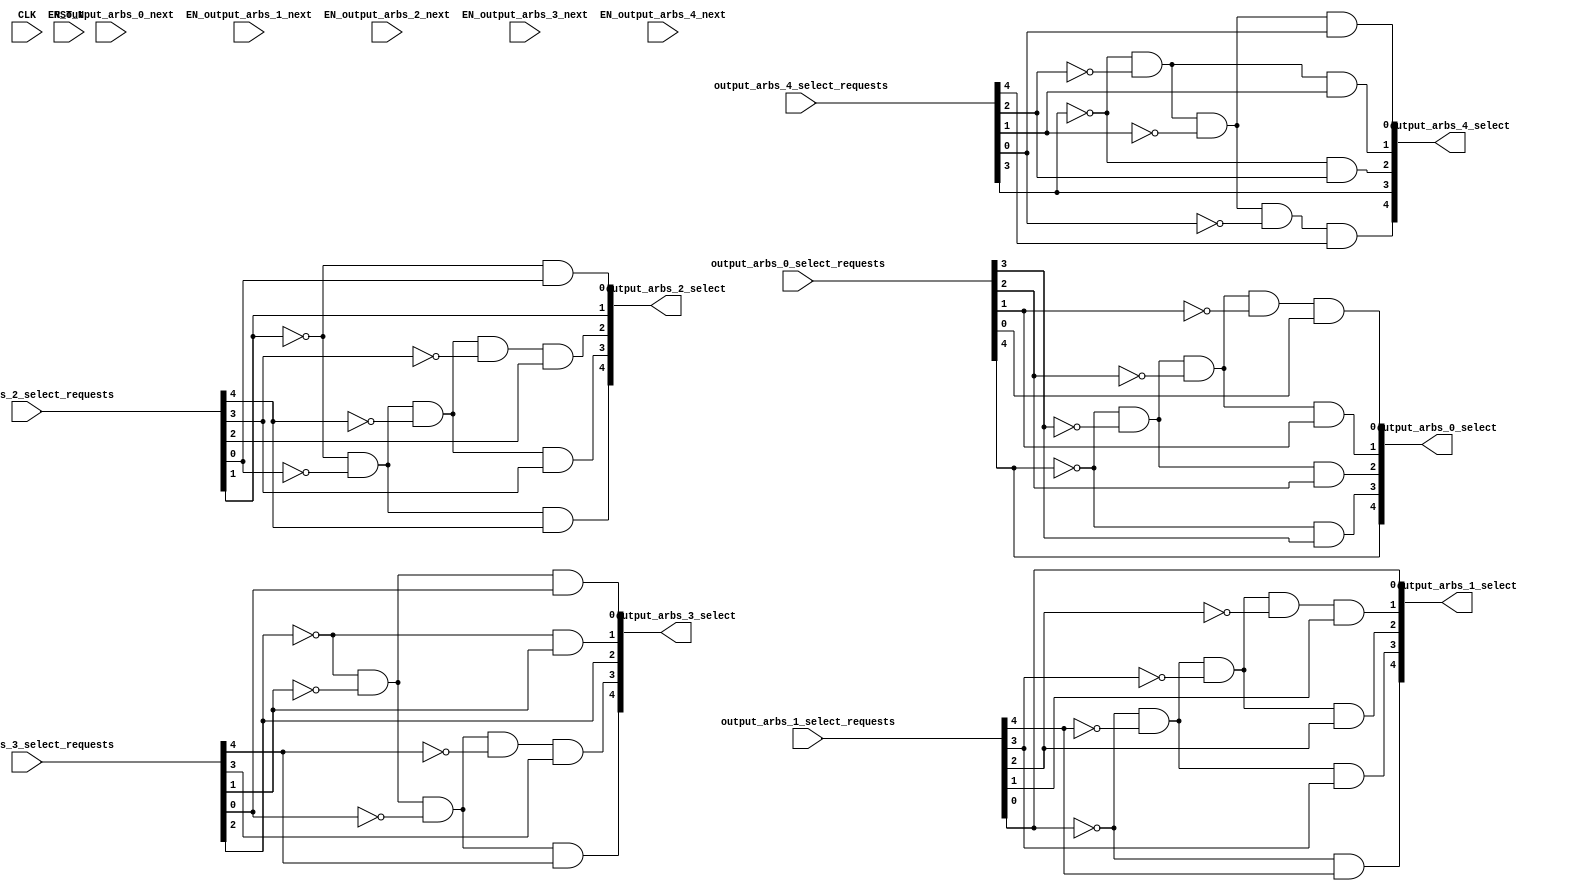
/*
 * These source files contain a hardware description of a network
 * automatically generated by CONNECT (CONfigurable NEtwork Creation Tool).
 *
 * This product includes a hardware design developed by Carnegie Mellon
 * University.
 *
 * Copyright (c) 2012 by Michael K. Papamichael, Carnegie Mellon University
 *
 * For more information, see the CONNECT project website at:
 *   http://www.ece.cmu.edu/~mpapamic/connect
 *
 * This design is provided for internal, non-commercial research use only, 
 * cannot be used for, or in support of, goods or services, and is not for
 * redistribution, with or without modifications.
 * 
 * You may not use the name "Carnegie Mellon University" or derivations
 * thereof to endorse or promote products derived from this software.
 *
 * THE SOFTWARE IS PROVIDED "AS-IS" WITHOUT ANY WARRANTY OF ANY KIND, EITHER
 * EXPRESS, IMPLIED OR STATUTORY, INCLUDING BUT NOT LIMITED TO ANY WARRANTY
 * THAT THE SOFTWARE WILL CONFORM TO SPECIFICATIONS OR BE ERROR-FREE AND ANY
 * IMPLIED WARRANTIES OF MERCHANTABILITY, FITNESS FOR A PARTICULAR PURPOSE,
 * TITLE, OR NON-INFRINGEMENT.  IN NO EVENT SHALL CARNEGIE MELLON UNIVERSITY
 * BE LIABLE FOR ANY DAMAGES, INCLUDING BUT NOT LIMITED TO DIRECT, INDIRECT,
 * SPECIAL OR CONSEQUENTIAL DAMAGES, ARISING OUT OF, RESULTING FROM, OR IN
 * ANY WAY CONNECTED WITH THIS SOFTWARE (WHETHER OR NOT BASED UPON WARRANTY,
 * CONTRACT, TORT OR OTHERWISE).
 *
 */


//
// Generated by Bluespec Compiler, version 2012.01.A (build 26572, 2012-01-17)
//
// On Fri Nov 18 09:45:36 EST 2016
//
// Method conflict info:
// Method: output_arbs_0_select
// Conflict-free: output_arbs_0_select,
// 	       output_arbs_0_next,
// 	       output_arbs_1_select,
// 	       output_arbs_1_next,
// 	       output_arbs_2_select,
// 	       output_arbs_2_next,
// 	       output_arbs_3_select,
// 	       output_arbs_3_next,
// 	       output_arbs_4_select,
// 	       output_arbs_4_next
//
// Method: output_arbs_0_next
// Conflict-free: output_arbs_0_select,
// 	       output_arbs_0_next,
// 	       output_arbs_1_select,
// 	       output_arbs_1_next,
// 	       output_arbs_2_select,
// 	       output_arbs_2_next,
// 	       output_arbs_3_select,
// 	       output_arbs_3_next,
// 	       output_arbs_4_select,
// 	       output_arbs_4_next
//
// Method: output_arbs_1_select
// Conflict-free: output_arbs_0_select,
// 	       output_arbs_0_next,
// 	       output_arbs_1_select,
// 	       output_arbs_1_next,
// 	       output_arbs_2_select,
// 	       output_arbs_2_next,
// 	       output_arbs_3_select,
// 	       output_arbs_3_next,
// 	       output_arbs_4_select,
// 	       output_arbs_4_next
//
// Method: output_arbs_1_next
// Conflict-free: output_arbs_0_select,
// 	       output_arbs_0_next,
// 	       output_arbs_1_select,
// 	       output_arbs_1_next,
// 	       output_arbs_2_select,
// 	       output_arbs_2_next,
// 	       output_arbs_3_select,
// 	       output_arbs_3_next,
// 	       output_arbs_4_select,
// 	       output_arbs_4_next
//
// Method: output_arbs_2_select
// Conflict-free: output_arbs_0_select,
// 	       output_arbs_0_next,
// 	       output_arbs_1_select,
// 	       output_arbs_1_next,
// 	       output_arbs_2_select,
// 	       output_arbs_2_next,
// 	       output_arbs_3_select,
// 	       output_arbs_3_next,
// 	       output_arbs_4_select,
// 	       output_arbs_4_next
//
// Method: output_arbs_2_next
// Conflict-free: output_arbs_0_select,
// 	       output_arbs_0_next,
// 	       output_arbs_1_select,
// 	       output_arbs_1_next,
// 	       output_arbs_2_select,
// 	       output_arbs_2_next,
// 	       output_arbs_3_select,
// 	       output_arbs_3_next,
// 	       output_arbs_4_select,
// 	       output_arbs_4_next
//
// Method: output_arbs_3_select
// Conflict-free: output_arbs_0_select,
// 	       output_arbs_0_next,
// 	       output_arbs_1_select,
// 	       output_arbs_1_next,
// 	       output_arbs_2_select,
// 	       output_arbs_2_next,
// 	       output_arbs_3_select,
// 	       output_arbs_3_next,
// 	       output_arbs_4_select,
// 	       output_arbs_4_next
//
// Method: output_arbs_3_next
// Conflict-free: output_arbs_0_select,
// 	       output_arbs_0_next,
// 	       output_arbs_1_select,
// 	       output_arbs_1_next,
// 	       output_arbs_2_select,
// 	       output_arbs_2_next,
// 	       output_arbs_3_select,
// 	       output_arbs_3_next,
// 	       output_arbs_4_select,
// 	       output_arbs_4_next
//
// Method: output_arbs_4_select
// Conflict-free: output_arbs_0_select,
// 	       output_arbs_0_next,
// 	       output_arbs_1_select,
// 	       output_arbs_1_next,
// 	       output_arbs_2_select,
// 	       output_arbs_2_next,
// 	       output_arbs_3_select,
// 	       output_arbs_3_next,
// 	       output_arbs_4_select,
// 	       output_arbs_4_next
//
// Method: output_arbs_4_next
// Conflict-free: output_arbs_0_select,
// 	       output_arbs_0_next,
// 	       output_arbs_1_select,
// 	       output_arbs_1_next,
// 	       output_arbs_2_select,
// 	       output_arbs_2_next,
// 	       output_arbs_3_select,
// 	       output_arbs_3_next,
// 	       output_arbs_4_select,
// 	       output_arbs_4_next
//
//
// Ports:
// Name                         I/O  size props
// output_arbs_0_select           O     5
// output_arbs_1_select           O     5
// output_arbs_2_select           O     5
// output_arbs_3_select           O     5
// output_arbs_4_select           O     5
// CLK                            I     1 unused
// RST_N                          I     1 unused
// output_arbs_0_select_requests  I     5
// output_arbs_1_select_requests  I     5
// output_arbs_2_select_requests  I     5
// output_arbs_3_select_requests  I     5
// output_arbs_4_select_requests  I     5
// EN_output_arbs_0_next          I     1 unused
// EN_output_arbs_1_next          I     1 unused
// EN_output_arbs_2_next          I     1 unused
// EN_output_arbs_3_next          I     1 unused
// EN_output_arbs_4_next          I     1 unused
//
// Combinational paths from inputs to outputs:
//   output_arbs_0_select_requests -> output_arbs_0_select
//   output_arbs_1_select_requests -> output_arbs_1_select
//   output_arbs_2_select_requests -> output_arbs_2_select
//   output_arbs_3_select_requests -> output_arbs_3_select
//   output_arbs_4_select_requests -> output_arbs_4_select
//
//

`ifdef BSV_ASSIGNMENT_DELAY
`else
`define BSV_ASSIGNMENT_DELAY
`endif

module mkRouterOutputArbitersStatic(CLK,
				    RST_N,

				    output_arbs_0_select_requests,
				    output_arbs_0_select,

				    EN_output_arbs_0_next,

				    output_arbs_1_select_requests,
				    output_arbs_1_select,

				    EN_output_arbs_1_next,

				    output_arbs_2_select_requests,
				    output_arbs_2_select,

				    EN_output_arbs_2_next,

				    output_arbs_3_select_requests,
				    output_arbs_3_select,

				    EN_output_arbs_3_next,

				    output_arbs_4_select_requests,
				    output_arbs_4_select,

				    EN_output_arbs_4_next);
  input  CLK;
  input  RST_N;

  // value method output_arbs_0_select
  input  [4 : 0] output_arbs_0_select_requests;
  output [4 : 0] output_arbs_0_select;

  // action method output_arbs_0_next
  input  EN_output_arbs_0_next;

  // value method output_arbs_1_select
  input  [4 : 0] output_arbs_1_select_requests;
  output [4 : 0] output_arbs_1_select;

  // action method output_arbs_1_next
  input  EN_output_arbs_1_next;

  // value method output_arbs_2_select
  input  [4 : 0] output_arbs_2_select_requests;
  output [4 : 0] output_arbs_2_select;

  // action method output_arbs_2_next
  input  EN_output_arbs_2_next;

  // value method output_arbs_3_select
  input  [4 : 0] output_arbs_3_select_requests;
  output [4 : 0] output_arbs_3_select;

  // action method output_arbs_3_next
  input  EN_output_arbs_3_next;

  // value method output_arbs_4_select
  input  [4 : 0] output_arbs_4_select_requests;
  output [4 : 0] output_arbs_4_select;

  // action method output_arbs_4_next
  input  EN_output_arbs_4_next;

  // signals for module outputs
  wire [4 : 0] output_arbs_0_select,
	       output_arbs_1_select,
	       output_arbs_2_select,
	       output_arbs_3_select,
	       output_arbs_4_select;

  // value method output_arbs_0_select
  assign output_arbs_0_select =
	     { output_arbs_0_select_requests[4],
	       !output_arbs_0_select_requests[4] &&
	       output_arbs_0_select_requests[3],
	       !output_arbs_0_select_requests[4] &&
	       !output_arbs_0_select_requests[3] &&
	       output_arbs_0_select_requests[2],
	       !output_arbs_0_select_requests[4] &&
	       !output_arbs_0_select_requests[3] &&
	       !output_arbs_0_select_requests[2] &&
	       output_arbs_0_select_requests[1],
	       !output_arbs_0_select_requests[4] &&
	       !output_arbs_0_select_requests[3] &&
	       !output_arbs_0_select_requests[2] &&
	       !output_arbs_0_select_requests[1] &&
	       output_arbs_0_select_requests[0] } ;

  // value method output_arbs_1_select
  assign output_arbs_1_select =
	     { !output_arbs_1_select_requests[0] &&
	       output_arbs_1_select_requests[4],
	       !output_arbs_1_select_requests[0] &&
	       !output_arbs_1_select_requests[4] &&
	       output_arbs_1_select_requests[3],
	       !output_arbs_1_select_requests[0] &&
	       !output_arbs_1_select_requests[4] &&
	       !output_arbs_1_select_requests[3] &&
	       output_arbs_1_select_requests[2],
	       !output_arbs_1_select_requests[0] &&
	       !output_arbs_1_select_requests[4] &&
	       !output_arbs_1_select_requests[3] &&
	       !output_arbs_1_select_requests[2] &&
	       output_arbs_1_select_requests[1],
	       output_arbs_1_select_requests[0] } ;

  // value method output_arbs_2_select
  assign output_arbs_2_select =
	     { !output_arbs_2_select_requests[1] &&
	       !output_arbs_2_select_requests[0] &&
	       output_arbs_2_select_requests[4],
	       !output_arbs_2_select_requests[1] &&
	       !output_arbs_2_select_requests[0] &&
	       !output_arbs_2_select_requests[4] &&
	       output_arbs_2_select_requests[3],
	       !output_arbs_2_select_requests[1] &&
	       !output_arbs_2_select_requests[0] &&
	       !output_arbs_2_select_requests[4] &&
	       !output_arbs_2_select_requests[3] &&
	       output_arbs_2_select_requests[2],
	       output_arbs_2_select_requests[1],
	       !output_arbs_2_select_requests[1] &&
	       output_arbs_2_select_requests[0] } ;

  // value method output_arbs_3_select
  assign output_arbs_3_select =
	     { !output_arbs_3_select_requests[2] &&
	       !output_arbs_3_select_requests[1] &&
	       !output_arbs_3_select_requests[0] &&
	       output_arbs_3_select_requests[4],
	       !output_arbs_3_select_requests[2] &&
	       !output_arbs_3_select_requests[1] &&
	       !output_arbs_3_select_requests[0] &&
	       !output_arbs_3_select_requests[4] &&
	       output_arbs_3_select_requests[3],
	       output_arbs_3_select_requests[2],
	       !output_arbs_3_select_requests[2] &&
	       output_arbs_3_select_requests[1],
	       !output_arbs_3_select_requests[2] &&
	       !output_arbs_3_select_requests[1] &&
	       output_arbs_3_select_requests[0] } ;

  // value method output_arbs_4_select
  assign output_arbs_4_select =
	     { !output_arbs_4_select_requests[3] &&
	       !output_arbs_4_select_requests[2] &&
	       !output_arbs_4_select_requests[1] &&
	       !output_arbs_4_select_requests[0] &&
	       output_arbs_4_select_requests[4],
	       output_arbs_4_select_requests[3],
	       !output_arbs_4_select_requests[3] &&
	       output_arbs_4_select_requests[2],
	       !output_arbs_4_select_requests[3] &&
	       !output_arbs_4_select_requests[2] &&
	       output_arbs_4_select_requests[1],
	       !output_arbs_4_select_requests[3] &&
	       !output_arbs_4_select_requests[2] &&
	       !output_arbs_4_select_requests[1] &&
	       output_arbs_4_select_requests[0] } ;
endmodule  // mkRouterOutputArbitersStatic